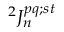
{ } ^ { 2 } J _ { n } ^ { p q ; s t }